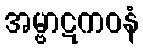
အမ္ဗာဋကဝနံ